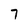
Character: 7